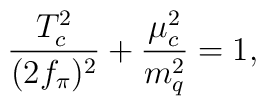
\frac{T^2_c}{(2f_{\pi})^2}+\frac{\mu _c^2}{m^2_q}=1,